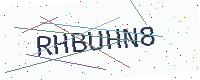
Text: RHBUHN8